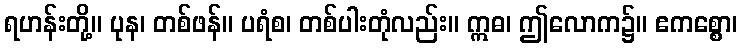
ရဟန်းတို့။ ပုန၊ တစ်ဖန်။ ပရံစ၊ တစ်ပါးတုံလည်း။ ဣဓ၊ ဤလောက၌။ ဧကစ္စော၊